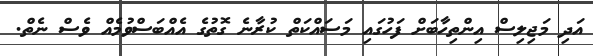
އަދި މަޖިލިސް އިންތިހާބަށް ފަހުގައި މަސައްކަތް ކުރާނެ ގޮތުގެ އެއްބަސްވުމެއް ވެސް ނެތް.